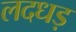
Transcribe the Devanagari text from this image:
लदधड़